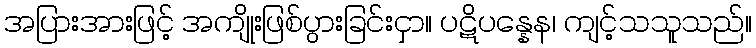
အပြားအားဖြင့် အကျိုးဖြစ်ပွားခြင်းငှာ။ ပဋိပန္နေန၊ ကျင့်သသူသည်။